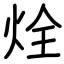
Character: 烇